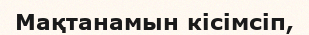
Мақтанамын кісімсіп,